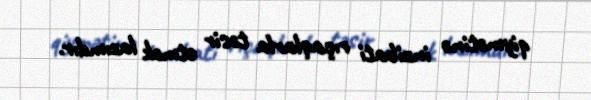
qiymətinə inzibati rıçaqlarla təsir etmək lazımdır.